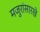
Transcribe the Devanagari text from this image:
मजुरांसारखे